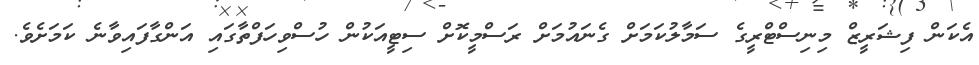
އެކަން ފިޝަރީޒް މިނިސްޓްރީގެ ސަމާލުކަމަށް ގެނައުމަށް ރަސްމީކޮށް ސިޓީއަކުން ހުސްވިހަފްތާގައި އަންގާފައިވާނެ ކަމަށެވެ.